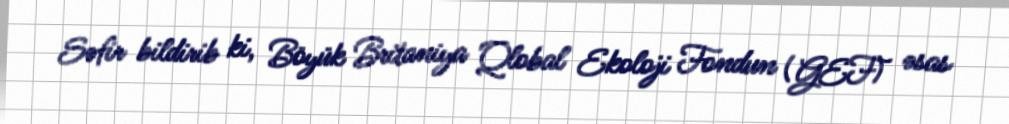
Səfir bildirib ki, Böyük Britaniya Qlobal Ekoloji Fondun (GEF) əsas